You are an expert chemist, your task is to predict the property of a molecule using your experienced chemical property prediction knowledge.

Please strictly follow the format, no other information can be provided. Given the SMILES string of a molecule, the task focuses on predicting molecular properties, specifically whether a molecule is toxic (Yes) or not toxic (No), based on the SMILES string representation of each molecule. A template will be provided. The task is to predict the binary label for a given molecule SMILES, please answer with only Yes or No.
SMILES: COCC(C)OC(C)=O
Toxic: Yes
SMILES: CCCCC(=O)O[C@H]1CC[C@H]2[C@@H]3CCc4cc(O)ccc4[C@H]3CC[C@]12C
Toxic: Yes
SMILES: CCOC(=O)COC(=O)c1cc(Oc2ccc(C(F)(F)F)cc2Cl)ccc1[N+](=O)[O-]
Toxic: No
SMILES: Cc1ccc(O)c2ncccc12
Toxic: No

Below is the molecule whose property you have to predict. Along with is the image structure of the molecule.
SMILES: Cc1ccccc1OCC(=O)O
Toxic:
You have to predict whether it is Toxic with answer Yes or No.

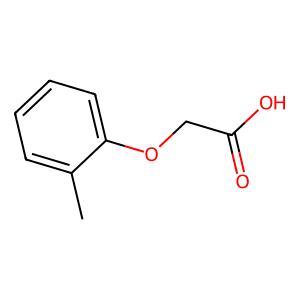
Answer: No